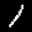
Label: 1